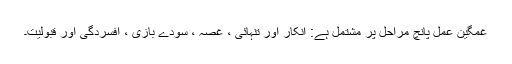
غمگین عمل پانچ مراحل پر مشتمل ہے: انکار اور تنہائی ، غصہ ، سودے بازی ، افسردگی اور قبولیت۔